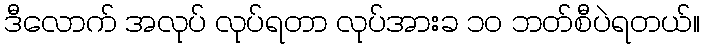
ဒီလောက် အလုပ် လုပ်ရတာ လုပ်အားခ ၁၀ ဘတ်စီပဲရတယ်။